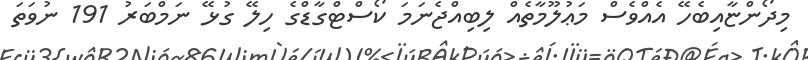
މިދޯންޏާއިބެހޭ އެއްވެސް މަޢުލޫމާތެއް ލިބިއްޖެނަމަ ކޯސްޓްގާޑްގެ ހިލޭ ގުޅޭ ނަމްބަރު 191 ނުވަތަ